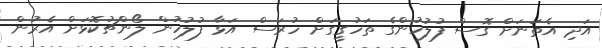
އަދި އެތަނަށް ގޮސް ފުލުހުންގެ ތަހުގީގަށް ހުރަސް އަޅާ ފުލުހުން ލޯންޗުކޮޅަށް އެރުން